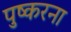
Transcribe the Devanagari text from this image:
पुष्करना